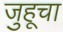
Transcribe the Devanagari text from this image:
जुहूचा